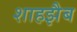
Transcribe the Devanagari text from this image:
शाहझैब